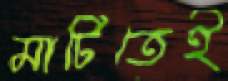
মাটিতেই